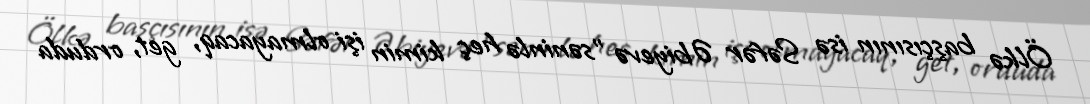
Ölkə başçısının isə Səfər Əbiyevə ”səninlə heç kimin işi olmayacaq, get, orduda